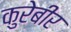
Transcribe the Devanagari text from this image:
कुरेबीर